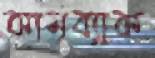
কামব্যাক